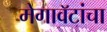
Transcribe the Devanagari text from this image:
मेगावॅटांचा